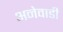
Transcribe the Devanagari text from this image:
अनेवाडी